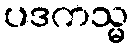
ပဒကသ္မ